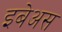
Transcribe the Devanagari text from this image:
इबेअस